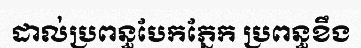
ដាល់ប្រពន្ធបែកភ្នែក ប្រពន្ធខឹង